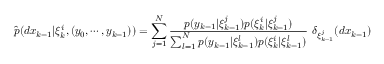
{ \widehat { p } } ( d x _ { k - 1 } | \xi _ { k } ^ { i } , ( y _ { 0 } , \cdots , y _ { k - 1 } ) ) = \sum _ { j = 1 } ^ { N } { \frac { p ( y _ { k - 1 } | \xi _ { k - 1 } ^ { j } ) p ( \xi _ { k } ^ { i } | \xi _ { k - 1 } ^ { j } ) } { \sum _ { l = 1 } ^ { N } p ( y _ { k - 1 } | \xi _ { k - 1 } ^ { l } ) p ( \xi _ { k } ^ { i } | \xi _ { k - 1 } ^ { l } ) } } ~ \delta _ { \xi _ { k - 1 } ^ { j } } ( d x _ { k - 1 } )